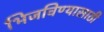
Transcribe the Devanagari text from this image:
भिजविण्यासाठी